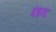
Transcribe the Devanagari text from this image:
बंधना